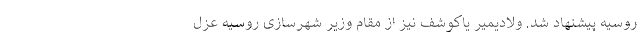
روسیه پیشنهاد شد. ولادیمیر یاکوشف نیز از مقام وزیر شهرسازی روسیه عزل